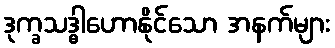
ဒုက္ခသဒ္ဓါဟောနိုင်သော အနက်များ